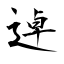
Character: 逴